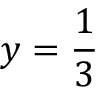
y = \frac 1 3